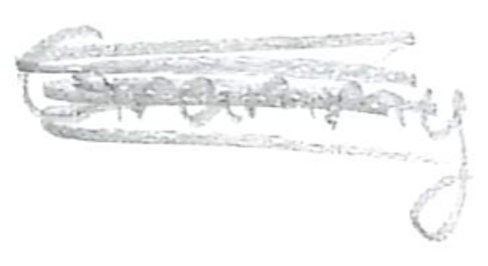
Text: Grammy
Cross-out: scratch
Writing tool: pencil